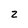
Character: 2